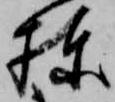
棟